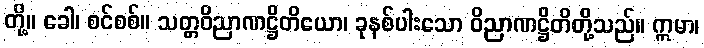
တို့။ ခေါ၊ စင်စစ်။ သတ္တဝိညာဏဋ္ဌိတိယော၊ ခုနစ်ပါးသော ဝိညာဏဋ္ဌိတိတို့သည်။ ဣမာ၊